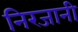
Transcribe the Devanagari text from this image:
निरजानी